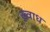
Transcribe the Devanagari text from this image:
ख़्वाध